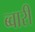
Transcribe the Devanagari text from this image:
ब्वारी